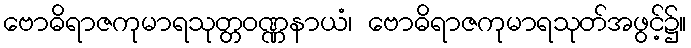
ဗောဓိရာဇကုမာရသုတ္တဝဏ္ဏနာယံ၊ ဗောဓိရာဇကုမာရသုတ်အဖွင့်၌။